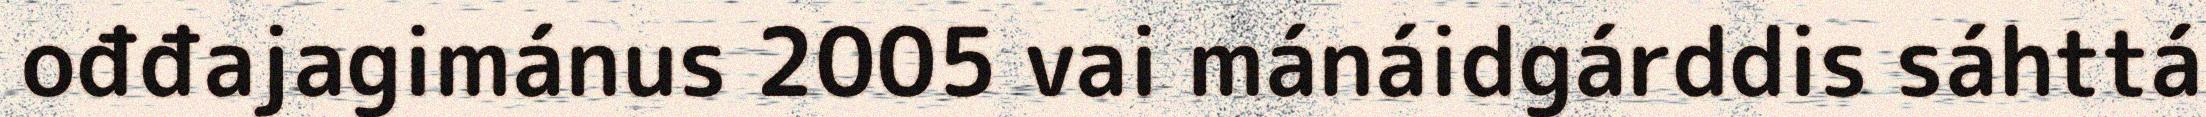
ođđajagimánus 2005 vai mánáidgárddis sáhttá